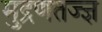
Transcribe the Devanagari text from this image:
मुद्रणतज्ज्ञ